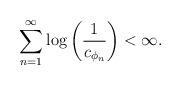
LaTeX: \begin{align*}\sum_{n=1}^{\infty}\log\left(\frac{1}{c_{\phi_{n}}}\right)<\infty.\end{align*}